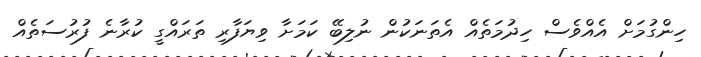
ހިންގުމަށް އެއްވެސް ހިދުމަތެއް އެތަނަކުން ނުލިބޭ ކަމަށާ ވިޔަފާރި ތަރައްގީ ކުރާނެ ފުރުސަތެއް